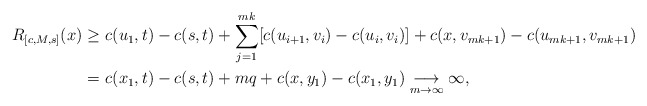
\begin{align*}R_{[c,M,s]}(x)\geq &\ c(u_1,t)-c(s,t)+\sum_{j=1}^{mk}[c(u_{i+1},v_i)-c(u_i,v_i)]+c(x,v_{mk+1})-c(u_{mk+1},v_{mk+1})\\=&\ c(x_1,t)-c(s,t)+mq+c(x,y_1)-c(x_1,y_1)\underset{m\rightarrow\infty}{\longrightarrow} \infty,\end{align*}